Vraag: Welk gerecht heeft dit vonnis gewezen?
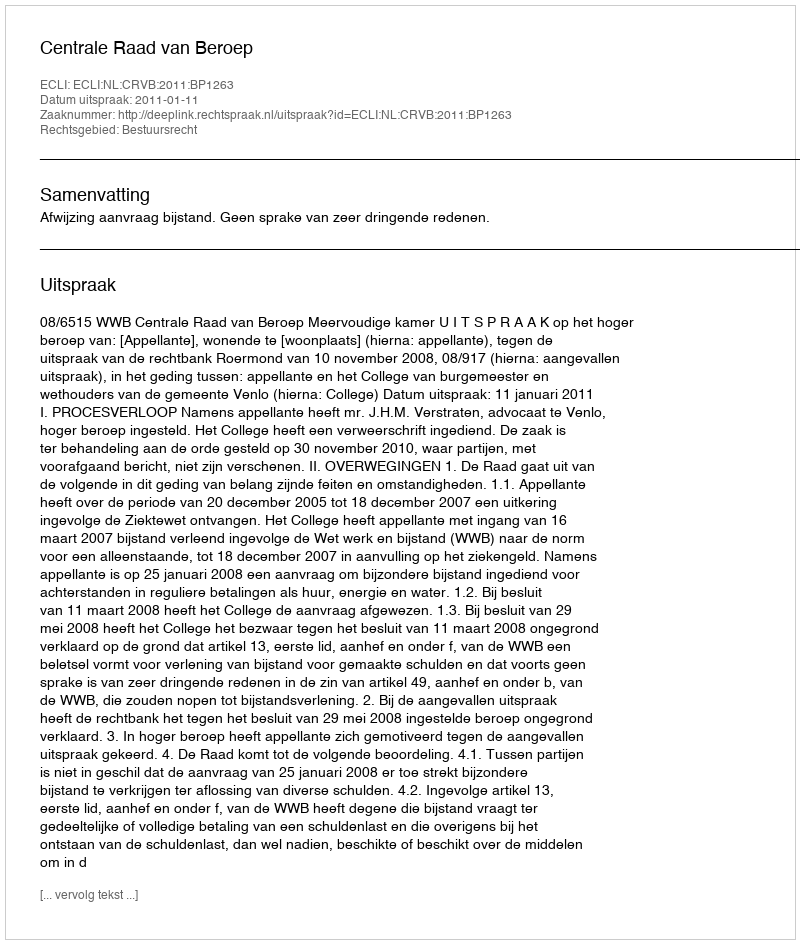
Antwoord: Centrale Raad van Beroep